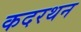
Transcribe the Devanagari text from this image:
कदरथन